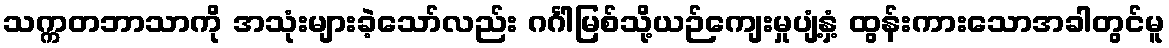
သက္ကတဘာသာကို အသုံးများခဲ့သော်လည်း ဂင်္ဂါမြစ်သို့ယဉ်ကျေးမှုပျံ့နှံ့ ထွန်းကားသောအခါတွင်မူ